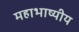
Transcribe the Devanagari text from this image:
महाभाष्यीय